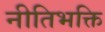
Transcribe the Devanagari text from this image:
नीतिभक्ति